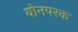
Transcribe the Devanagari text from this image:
योनपरक